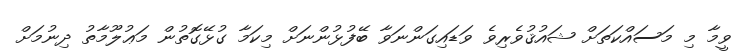
ވީމާ މި މަސައްކަތަށް ޝައުޤުވެރިވެ ވަޑައިގަންނަވާ ބޭފުޅުންނަށް މިކަމާ ގުޅޭގޮތުން މަޢުލޫމާތު ދިނުމަށް